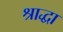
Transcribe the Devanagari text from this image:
श्राद्धा